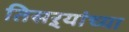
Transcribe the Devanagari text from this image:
तिसऱ्यांच्या